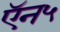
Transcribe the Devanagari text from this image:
ऍन५